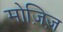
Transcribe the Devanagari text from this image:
मोज़िज़